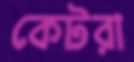
কেটরা